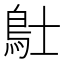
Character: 𲍚